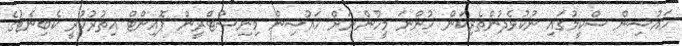
ހައުސިން ސްކީމުގައި ނުކުޅެދުންތެރިކަން ހުންނަ މީހުންނަށް ހައުސިން މިނިސްޓްރީން ޕޮއިންޓް އިތުރުކުރީ ކެބިނެޓުގެ